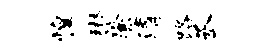
惶琳綮清路丞